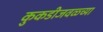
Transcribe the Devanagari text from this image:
कुकडीजवळ्च्या